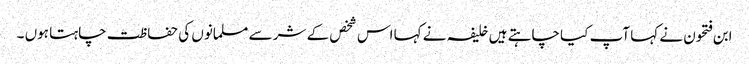
ابن فتحون نے کہا آپ کیا چاہتے ہیں خلیفہ نے کہا اس شخص کے شر سے مسلمانوں کی حفاظت چاہتا ہوں ۔